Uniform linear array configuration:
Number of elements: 24
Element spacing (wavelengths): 0.75
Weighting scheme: hamming
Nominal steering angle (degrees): -15
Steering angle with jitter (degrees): -16.039
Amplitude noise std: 0.05
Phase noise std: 0.05

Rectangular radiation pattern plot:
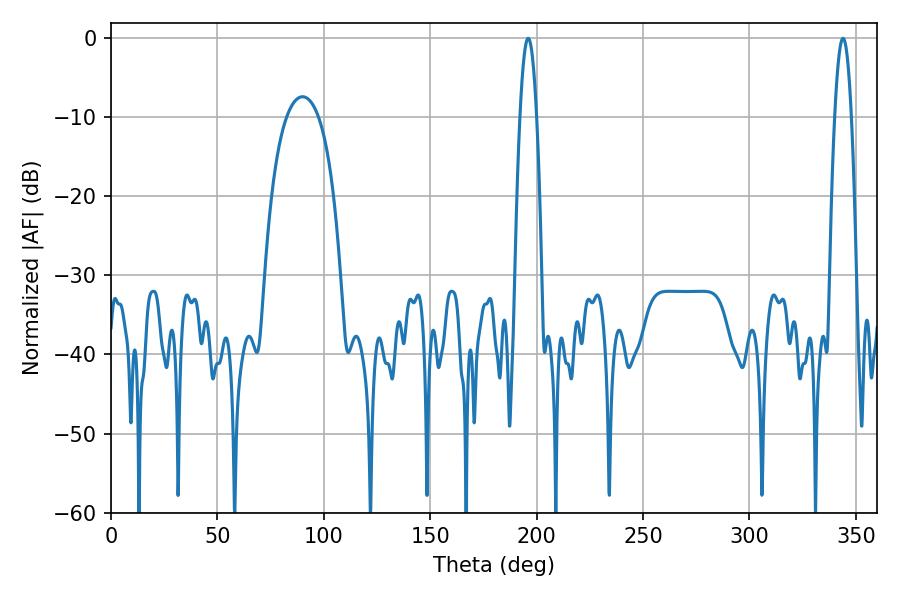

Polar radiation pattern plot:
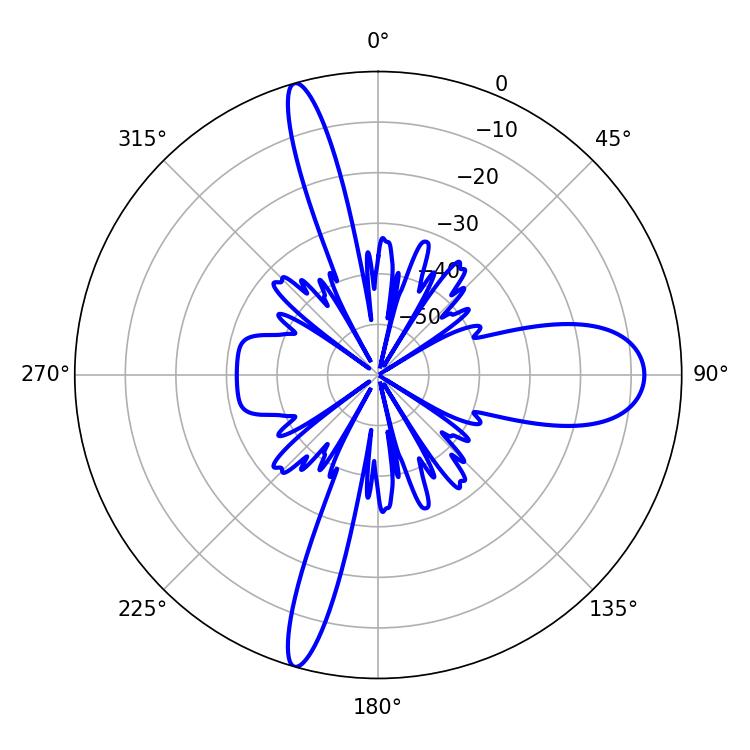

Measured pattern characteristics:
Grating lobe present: TRUE
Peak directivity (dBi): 24.841
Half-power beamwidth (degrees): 4.32
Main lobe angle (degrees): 196.02